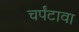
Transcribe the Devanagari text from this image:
चर्पंटावा